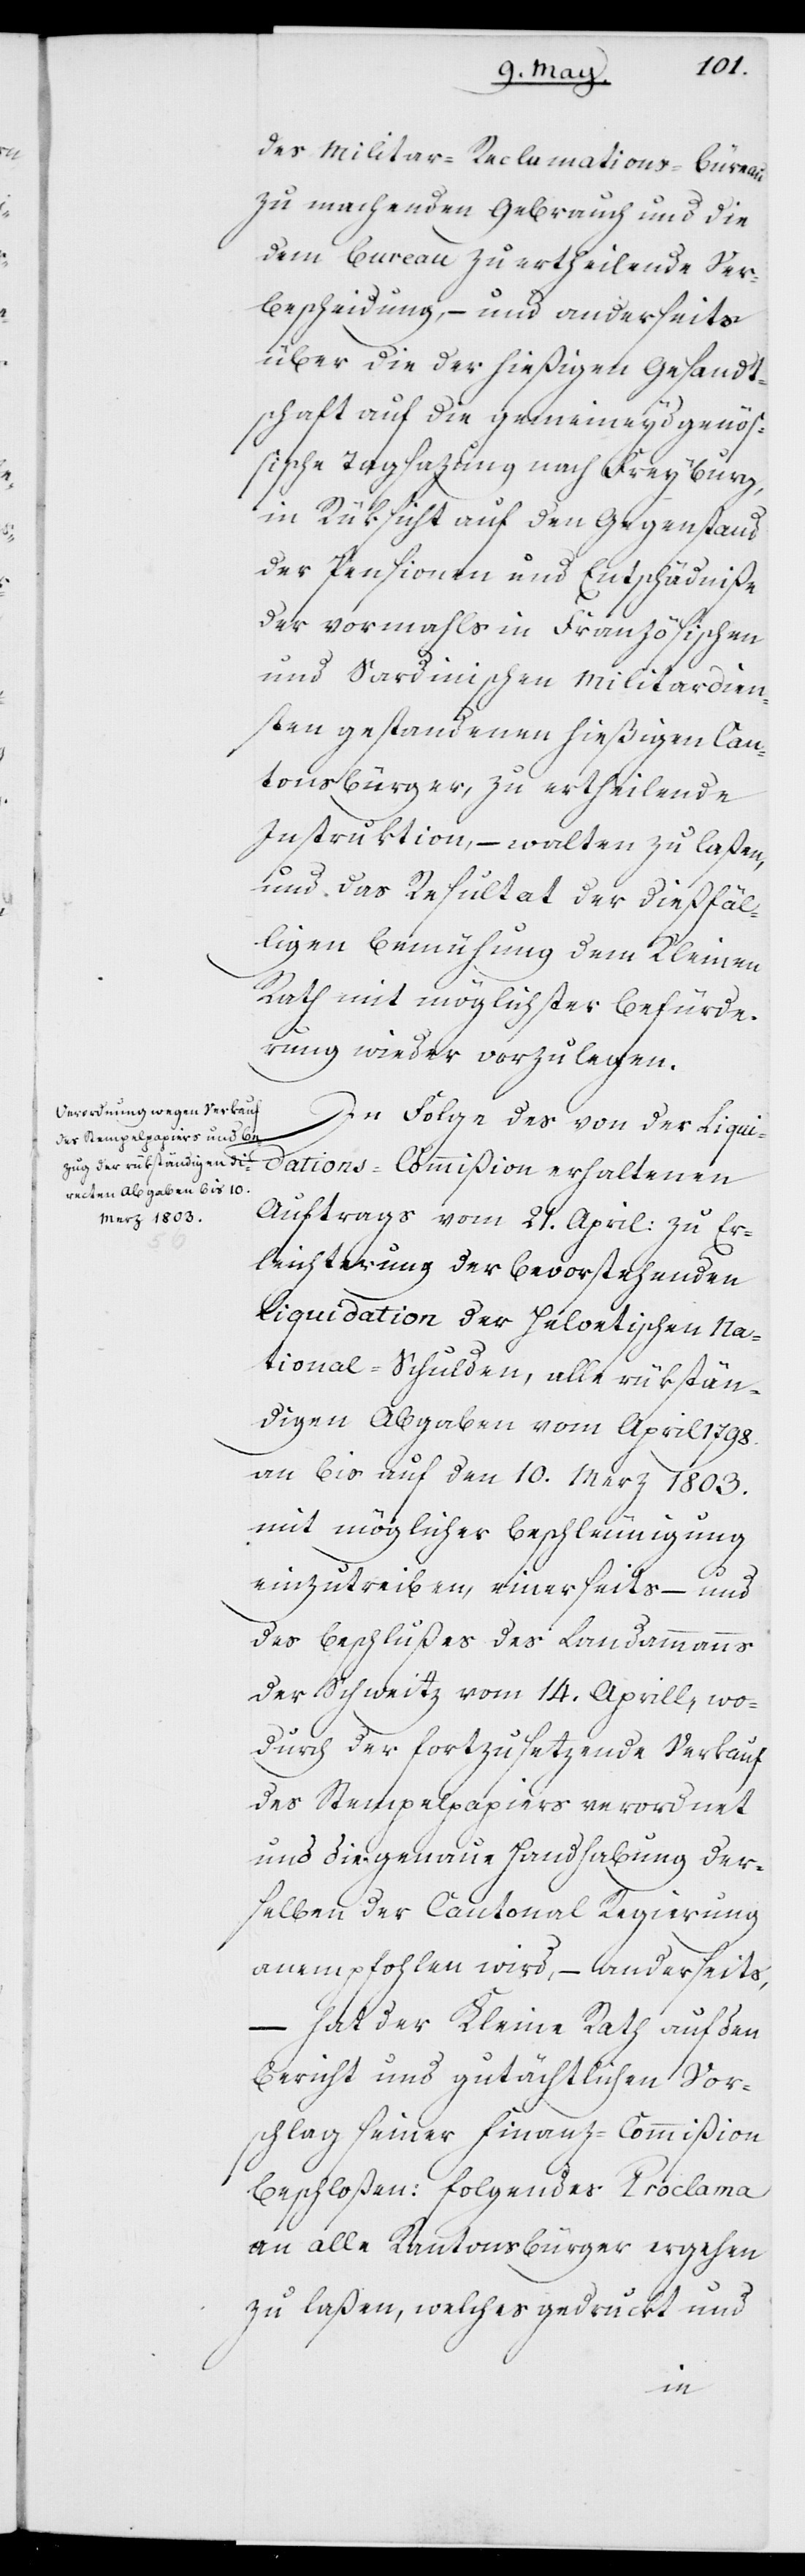
des Militar-Reclamations-Büreau
zu machenden Gebrauch und die
dem Bureau zu ertheilende Ver¬
bescheidung, – und anderseits
über die der hießigen Gesandt¬
schaft auf die gemeineydgenöß¬
ische Tagsazung nach Freyburg,
in Rüksicht auf den Gegenstand
der Pensionen und Entschädniße
der vormahls in Französischen
und Sardinischen Militardien¬
sten gestandenen hießigen Can¬
tonsbürger, zu ertheilende
Instruktion, – walten zu laßen,
und das Resultat der dießfäl¬
ligen Bemühung dem Kleinen
Rath mit möglichster Befürde¬
rung wieder vorzulegen.
In Folge des von der Liqui¬
dations-Commißion erhaltenen
Auftrags vom 21. April: zu Er¬
leichterung der bevorstehenden
Liquidation der Helvetischen Na¬
tional-Schulden, alle rükstän¬
digen Abgaben vom Aprill 1798.
an bis auf den 10. Merz 1803.
mit möglicher Beschleunigung
einzutreiben, einerseits – und
des Beschlußes des Landammanns
der Schweitz vom 14. Aprill, wo¬
durch der fortzusetzende Verkauf
des Stempelpapiers verordnet
und die genaue Handhabung der¬
selben der Cantonal Regierung
anempfohlen wird, – anderseits,
hat der Kleine Rath auf den
Bericht und gutächtlichen Vor¬
schlag seiner Finanz-Commißion
beschloßen: folgendes Proclama
an alle Kantonsbürger ergehen
zu laßen, welches gedruckt und